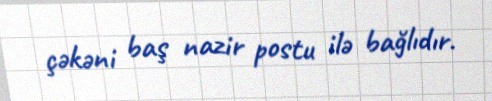
çəkəni baş nazir postu ilə bağlıdır.